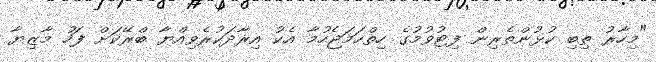
"މިހާރު ތިބި ކުޅުންތެރިން ފިޓުވުމުގެ ހިތްހަމަޖެހުމާ އެކު އިރާދަކުރެވިއްޔާ ބްރޭކަށް ފަހު މާޒިޔާ